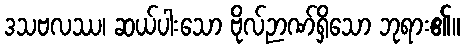
ဒသဗလဿ၊ ဆယ်ပါးသော ဗိုလ်ဉာဏ်ရှိသော ဘုရား၏။